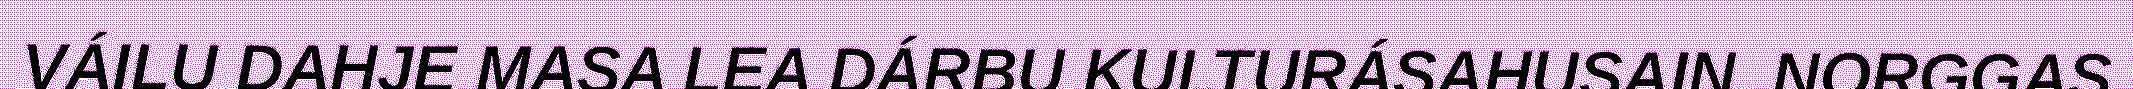
VÁILU DAHJE MASA LEA DÁRBU KULTURÁSAHUSAIN. NORGGAS